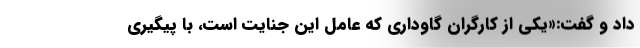
داد و گفت:«یکی از کارگران گاوداری که عامل این جنایت است، با پیگیری